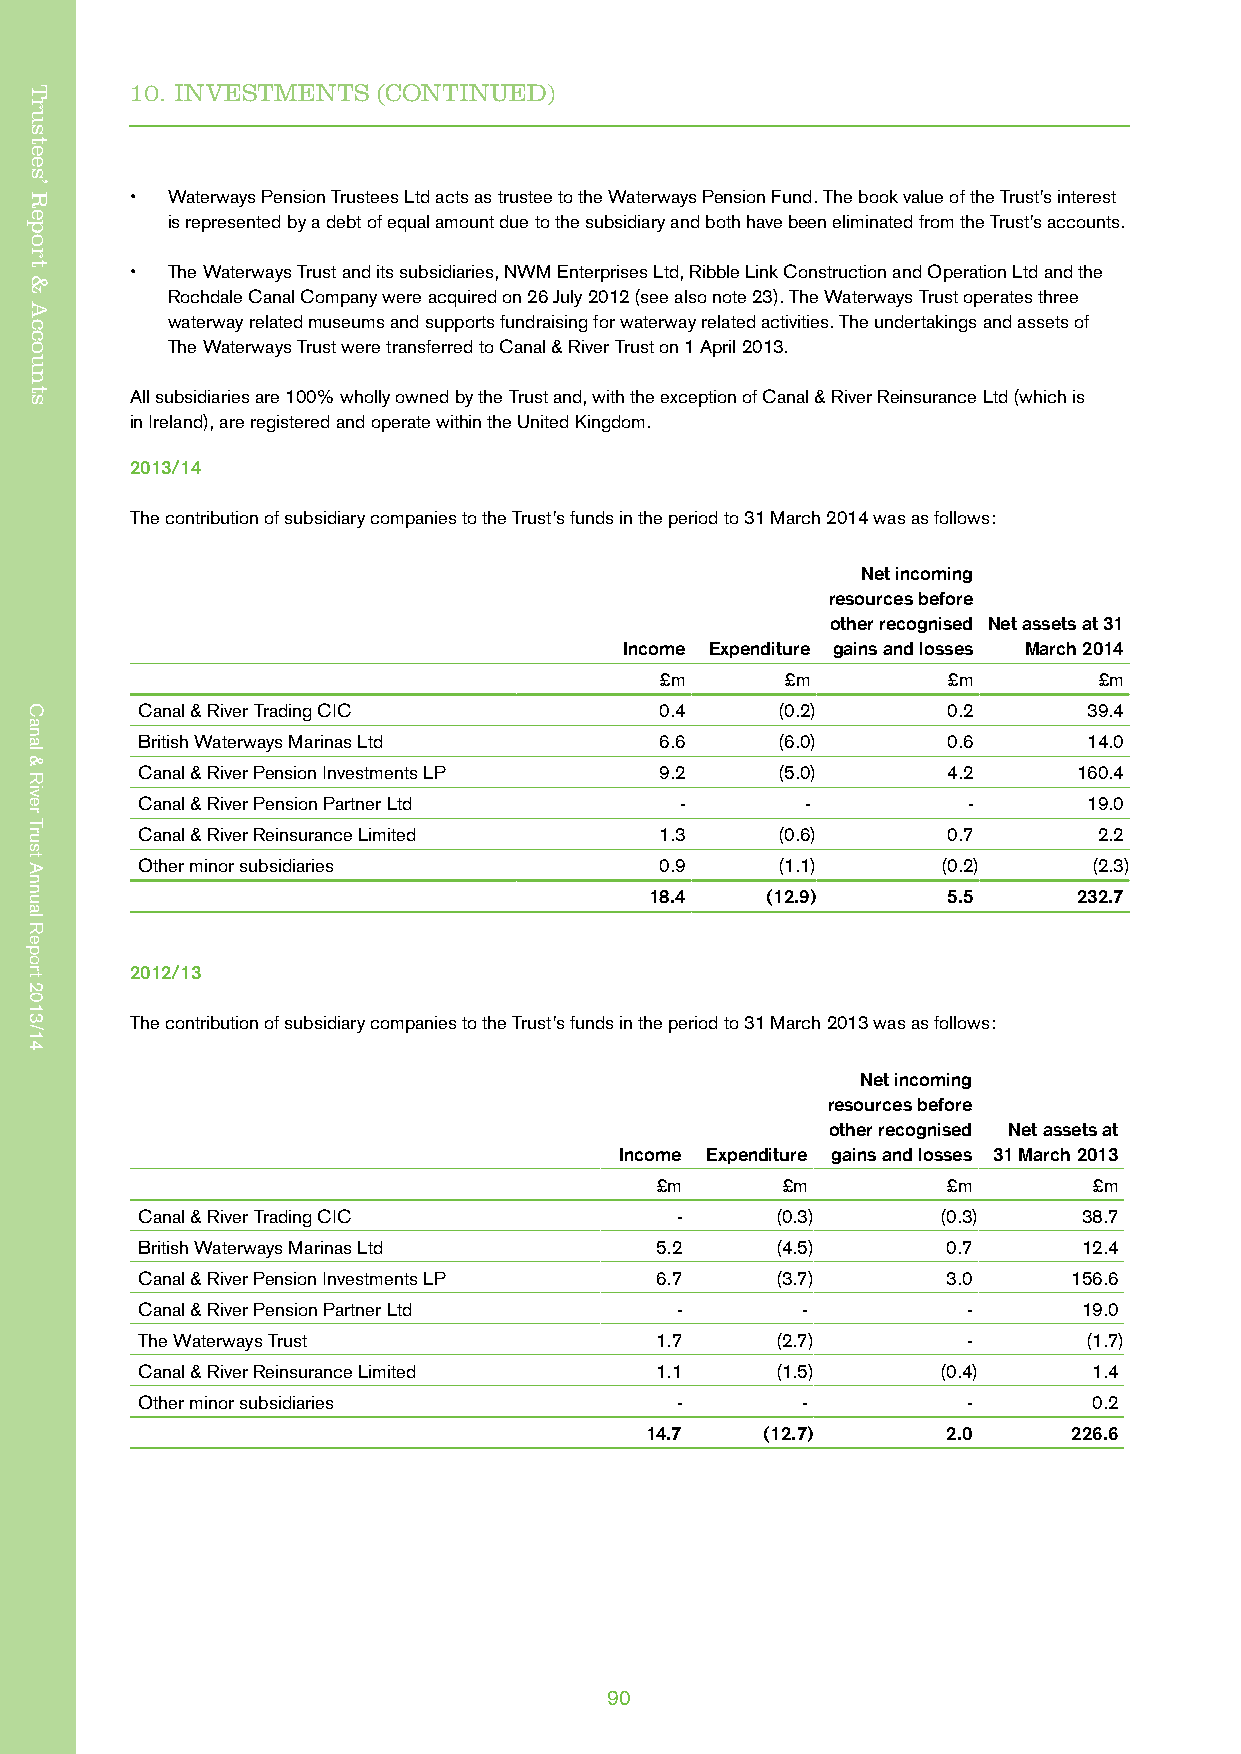
Trustees’ Report & Accounts
 10. INVESTMENTS (CONTINUED)
 • Waterways Pension Trustees Ltd acts as trustee to the Waterways Pension Fund. The book value of the Trust’s interest
 is represented by a debt of equal amount due to the subsidiary and both have been eliminated from the Trust’s accounts.
 • The Waterways Trust and its subsidiaries, NWM Enterprises Ltd, Ribble Link Construction and Operation Ltd and the
 Rochdale Canal Company were acquired on 26 July 2012 (see also note 23). The Waterways Trust operates three
 waterway related museums and supports fundraising for waterway related activities. The undertakings and assets of
 The Waterways Trust were transferred to Canal & River Trust on 1 April 2013.
 All subsidiaries are 100% wholly owned by the Trust and, with the exception of Canal & River Reinsurance Ltd (which is
 in Ireland), are registered and operate within the United Kingdom.
 2013/14
 The contribution of subsidiary companies to the Trust’s funds in the period to 31 March 2014 was as follows:
 Net incoming
 resources before
 other recognised Net assets at 31
 Income Expenditure gains and losses March 2014
 £m      £m         £m        £m
 Canal & River Trading CIC          0.4    (0.2)       0.2      39.4
 British Waterways Marinas Ltd      6.6    (6.0)       0.6      14.0
 Canal & River Pension Investments LP 9.2  (5.0)       4.2     160.4
 Canal & River Pension Partner Ltd   -       -          -       19.0
 Canal & River Reinsurance Limited  1.3    (0.6)       0.7       2.2
 Other minor subsidiaries           0.9    (1.1)      (0.2)     (2.3)
 18.4    (12.9)      5.5     232.7
 2012/13
 The contribution of subsidiary companies to the Trust’s funds in the period to 31 March 2013 was as follows:
 Net incoming
 resources before
 other recognised Net assets at
 Income Expenditure gains and losses 31 March 2013
 £m       £m         £m       £m
 Canal & River Trading CIC           -     (0.3)      (0.3)     38.7
 British Waterways Marinas Ltd     5.2     (4.5)       0.7      12.4
 Canal & River Pension Investments LP 6.7  (3.7)       3.0     156.6
 Canal & River Pension Partner Ltd   -       -          -       19.0
 The Waterways Trust               1.7     (2.7)        -       (1.7)
 Canal & River Reinsurance Limited 1.1     (1.5)      (0.4)     1.4
 Other minor subsidiaries            -       -          -       0.2
 14.7    (12.7)      2.0     226.6
 90
 Trustees’
 Report
 &
 Accounts
 Canal
 &
 River
 Trust
 Annual
 Report
 2013/14
 Canal
 &
 River
 Trust
 Annual
 Report
 2013/14